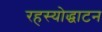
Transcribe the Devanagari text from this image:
रहस्योद्धाटन